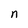
Character: n